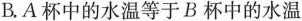
B.A杯中的水温等于B杯中的水温